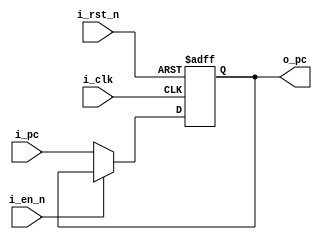
module pc(i_clk, i_rst_n, i_en_n, i_pc, o_pc);

input           		i_clk, i_rst_n, i_en_n;
input       	[31:0]  i_pc;
output reg  	[31:0]  o_pc;

always @(posedge i_clk, negedge i_rst_n) begin
	if(~i_rst_n)begin
		o_pc <= 32'b0;
	end else if (~i_en_n) begin
		o_pc <= i_pc;
	end
end 

endmodule